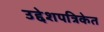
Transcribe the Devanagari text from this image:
उद्देशपत्रिकेत